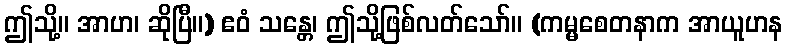
ဤသို့။ အာဟ၊ ဆိုပြီ။) ဧဝံ သန္တေ၊ ဤသို့ဖြစ်လတ်သော်။ (ကမ္မစေတနာက အာယူဟန